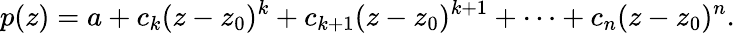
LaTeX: p(z)=a+c_{k}(z-z_{0})^{k}+c_{k+1}(z-z_{0})^{k+1}+\cdots+c_{n}(z-z_{0})^{n}.